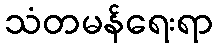
သံတမန်ရေးရာ